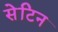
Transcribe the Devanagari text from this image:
सेटिन